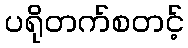
ပရိုတက်စတင့်